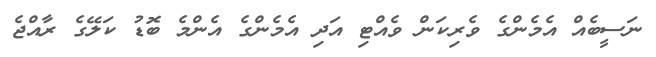
ނަސީބެއް އެމެންގެ ވެރިކަން ވެއްޓި އަދި އެމެންގެ އެންމެ ބޮޑު ކަލޭގެ ރާއްޖެ